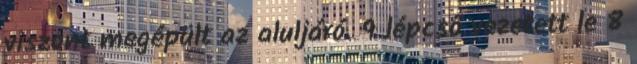
viszont megépült az aluljáró. 9 lépcső vezetett le 8